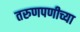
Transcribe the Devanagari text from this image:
तरुणपणीच्या